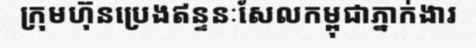
ក្រុមហ៊ុនប្រេងឥន្ទនៈសែលកម្ពុជាភ្នាក់ងារ